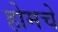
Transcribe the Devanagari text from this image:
होमचे